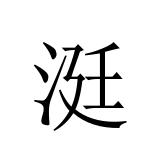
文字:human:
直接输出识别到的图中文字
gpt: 涏